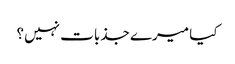
کیا میرے جذبات نہیں؟